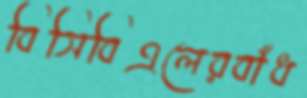
বিসিবিএলেরবাঁধ